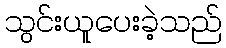
သွင်းယူပေးခဲ့သည်